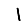
Digit: 1